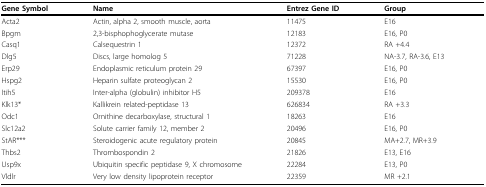
| Gene Symbol | Name | Entrez Gene ID | Group |
 | --- | --- | --- | --- |
 | Acta2 | Actin, alpha 2, smooth muscle, aorta | 11475 | E16 |
 | Bpgm | 2,3-bisphophoglycerate mutase | 12183 | E16, P0 |
 | Casq1 | Calsequestrin 1 | 12372 | RA +4.4 |
 | Dlg5 | Discs, large homolog 5 | 71228 | NA-3.7, RA-3.6, E13 |
 | Erp29 | Endoplasmic reticulum protein 29 | 67397 | E16, P0 |
 | Hspg2 | Heparin sulfate proteoglycan 2 | 15530 | E16, P0 |
 | Itih5 | Inter-alpha (globulin) inhibitor H5 | 209378 | E16 |
 | Klk13* | Kallikrein related-peptidase 13 | 626834 | RA +3.3 |
 | Odc1 | Ornithine decarboxylase, structural 1 | 18263 | E16 |
 | Slc12a2 | Solute carrier family 12, member 2 | 20496 | E16, P0 |
 | StAR*** | Steroidogenic acute regulatory protein | 20845 | MA+2.7, MR+3.9 |
 | Thbs2 | Thrombospondin 2 | 21826 | E13, E16 |
 | Usp9x | Ubiquitin specific peptidase 9, X chromosome | 22284 | E13, P0 |
 | Vldlr | Very low density lipoprotein receptor | 22359 | MR +2.1 |